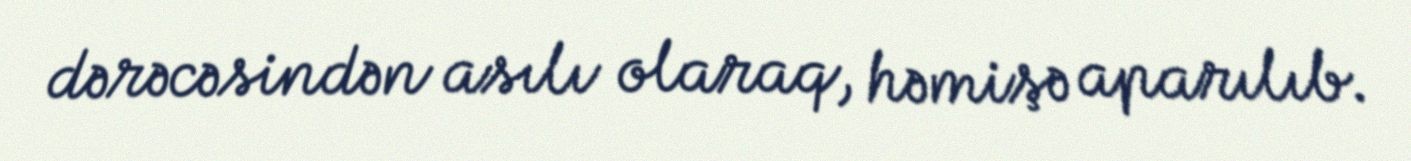
dərəcəsindən asılı olaraq, həmişə aparılıb.